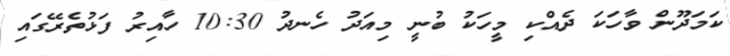
ކަމަދޫން ވާހަކަ ދެއްކި މީހަކު ބުނީ މިއަދު ހެނދު 10:30 ހާއިރު ފަޅުތެރޭގައި